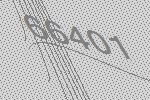
66401